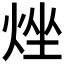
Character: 𤉛